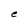
Character: e